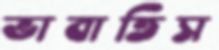
ভাবাতিস